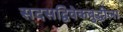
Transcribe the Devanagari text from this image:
सदसद्विवेकबुद्धीला